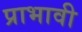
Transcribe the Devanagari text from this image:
प्राभावी